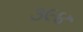
૩૯૪